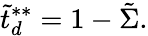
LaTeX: \tilde{t}_{d}^{**}=1-\tilde{\Sigma}.